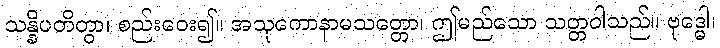
သန္နိပတိတွာ၊ စည်းဝေး၍။ အသုကောနာမသတ္တော၊ ဤမည်သော သတ္တဝါသည်။ ဗုဒ္ဓေါ၊